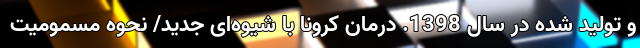
و تولید شده در سال 1398. درمان کرونا با شیوه‌ای جدید/ نحوه مسمومیت